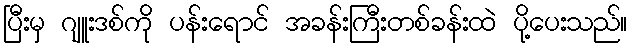
ပြီးမှ ဂျူးဒစ်ကို ပန်းရောင် အခန်းကြီးတစ်ခန်းထဲ ပို့ပေးသည်။